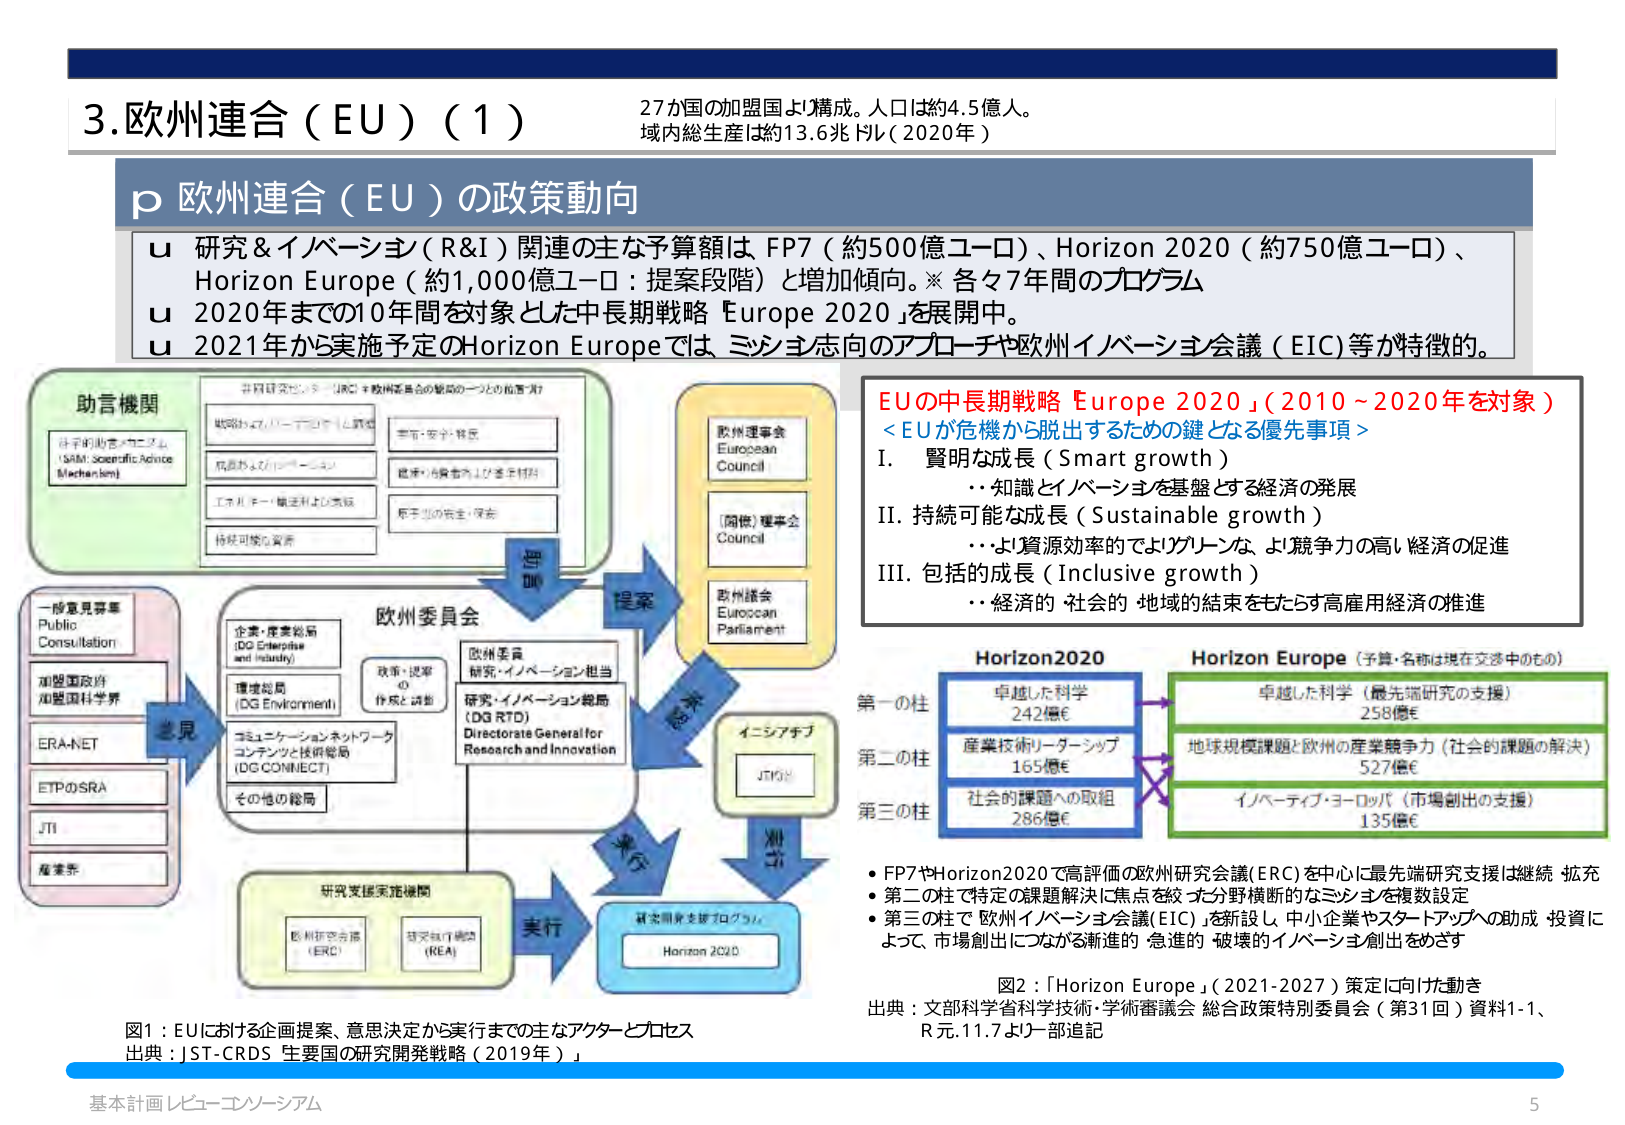
3.欧州連合（EU）（1）
27か国の加盟国より構成。人口は約4.5億人。
域内総生産は約13.6兆ドル（2020年）

p 欧州連合（EU）の政策動向
u 研究＆イノベーション（R&I）関連の主な予算額は FP7（約500億ユーロ）、Horizon 2020（約750億ユーロ）、Horizon Europe（約1,000億ユーロ：提案段階）と増加傾向。※ 各々7年間のプログラム
u 2020年までの10年間を対象とした中長期戦略「Europe 2020」を展開中。
u 2021年から実施予定のHorizon Europeでは、ミッション志向のアプローチや欧州イノベーション会議（EIC）等が特徴的。

助言機関
科学的助言メカニズム
（SAM: Scientific Advice Mechanism）
戦略的技術イノベーション計画
成長およびインフラストラクチャ
エネルギー・輸送および気候
持続可能な資源
宇宙・安全・移民
健康・消費者および食料
原子力の安全・保全

一部意見募集
Public Consultation
加盟国政府
加盟国科学界
ERANET
ETPのSRA
JTI
産業界

欧州委員会
企業・産業総局
（DG Enterprise and Industry）
環境総局
（DG Environment）
コミュニケーションネットワーク
コンテンツと技術総局
（DG CONNECT）
その他の総局
政策・提案の作成と調整
欧州委員 研究・イノベーション担当
研究・イノベーション総局
（DG RTD）
Directorate General for Research and Innovation

助言
提案
審議
決定
実行

欧州理事会
European Council
（閣僚）理事会
Council
欧州議会
European Parliament

イニシアチブ
JTIなど

研究支援実施機関
欧州研究会議
（ERC）
研究執行機関
（REA）

研究開発支援プログラム
Horizon 2020

EUの中長期戦略「Europe 2020」（2010～2020年を対象）
＜EUが危機から脱出するための鍵となる優先事項＞
I. 賢明な成長（Smart growth）
　・・知識とイノベーションを基盤とする経済の発展
II. 持続可能な成長（Sustainable growth）
　・・より資源効率的でよりグリーンな、より競争力の高い経済の促進
III. 包括的成長（Inclusive growth）
　・・経済的・社会的・地域的結束をもたらす高雇用経済の推進

Horizon2020
第一の柱 卓越した科学 242億€
第二の柱 産業技術リーダーシップ 165億€
第三の柱 社会的課題への取組 286億€

Horizon Europe（予算・名称は現在交渉中のもの）
卓越した科学（最先端研究の支援） 258億€
地球規模課題と欧州の産業競争力（社会的課題の解決） 527億€
イノベティブ・ヨーロッパ（市場創出の支援） 135億€

・FP7やHorizon2020で高評価の欧州研究会議（ERC）を中心に最先端研究支援は継続・拡充
・第二の柱で特定の課題解決に焦点を絞った分野横断的なミッションを複数設定
・第三の柱で「欧州イノベーション会議（EIC）」を新設し、中小企業やスタートアップへの助成・投資によって、市場創出につながる新進的・急進的・破壊的イノベーション創出をめざす

図2：「Horizon Europe」（2021-2027）策定に向けた動き
出典：文部科学省科学技術・学術審議会 総合政策特別委員会（第31回）資料1-1、R元.11.7より一部追記

図1：EUにおける企画提案、意思決定から実行までの主なアクターとプロセス
出典：JST-CRDS 生要国の研究開発戦略（2019年）」

基本計画 レビュー・コンソーシアム
5